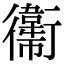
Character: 䘙